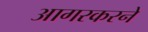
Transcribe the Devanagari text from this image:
आगरकरने